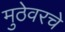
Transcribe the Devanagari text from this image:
मुठेवरचे